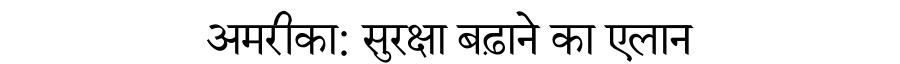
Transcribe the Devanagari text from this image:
अमरीका: सुरक्षा बढ़ाने का एलान